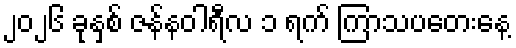
၂၀၂၆ ခုနှစ် ဇန်နဝါရီလ ၁ ရက် ကြာသပတေးနေ့